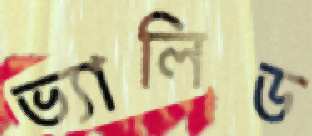
ভ্যালিড